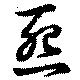
怨